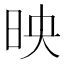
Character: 映